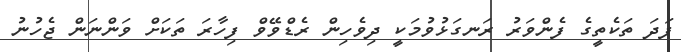
ފަދަ ތަކެތީގެ ފެންވަރު ރަނގަޅުވުމަކީ ދިވެހިން ރެޑްވޭވް ފިހާރަ ތަކަށް ވަންނަން ޖެހުނު